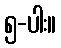
၅-ပါး။